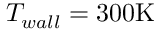
T _ { w a l l } = 3 0 0 \mathrm { K }